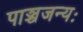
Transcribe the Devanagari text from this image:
पाञ्चजन्यः